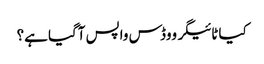
کیا ٹائیگر ووڈس واپس آگیا ہے؟